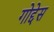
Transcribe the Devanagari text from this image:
गोद्देस